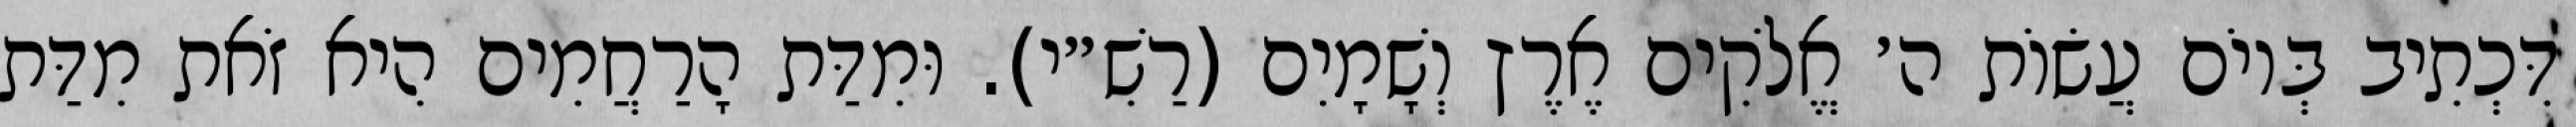
דִּכְתִיב בְּיוֹם עֲשׂוֹת ה׳ אֱלֹקִים אֶרֶץ וְשָׁמָיִם (רַשִׁ״י). וּמִדַּת הָרַחֲמִים הִיא זֹאת מִדַּת